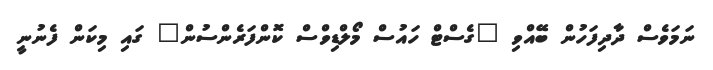
ނަމަވެސް ދާދިފަހުން ބޭއްވި "ގެސްޓް ހައުސް މޯލްޑިވްސް ކޮންފަރެންސުން" ގައި މިކަން ފެނުނީ